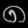
Digit: ၈